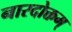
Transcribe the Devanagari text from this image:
नारदोक्तम्